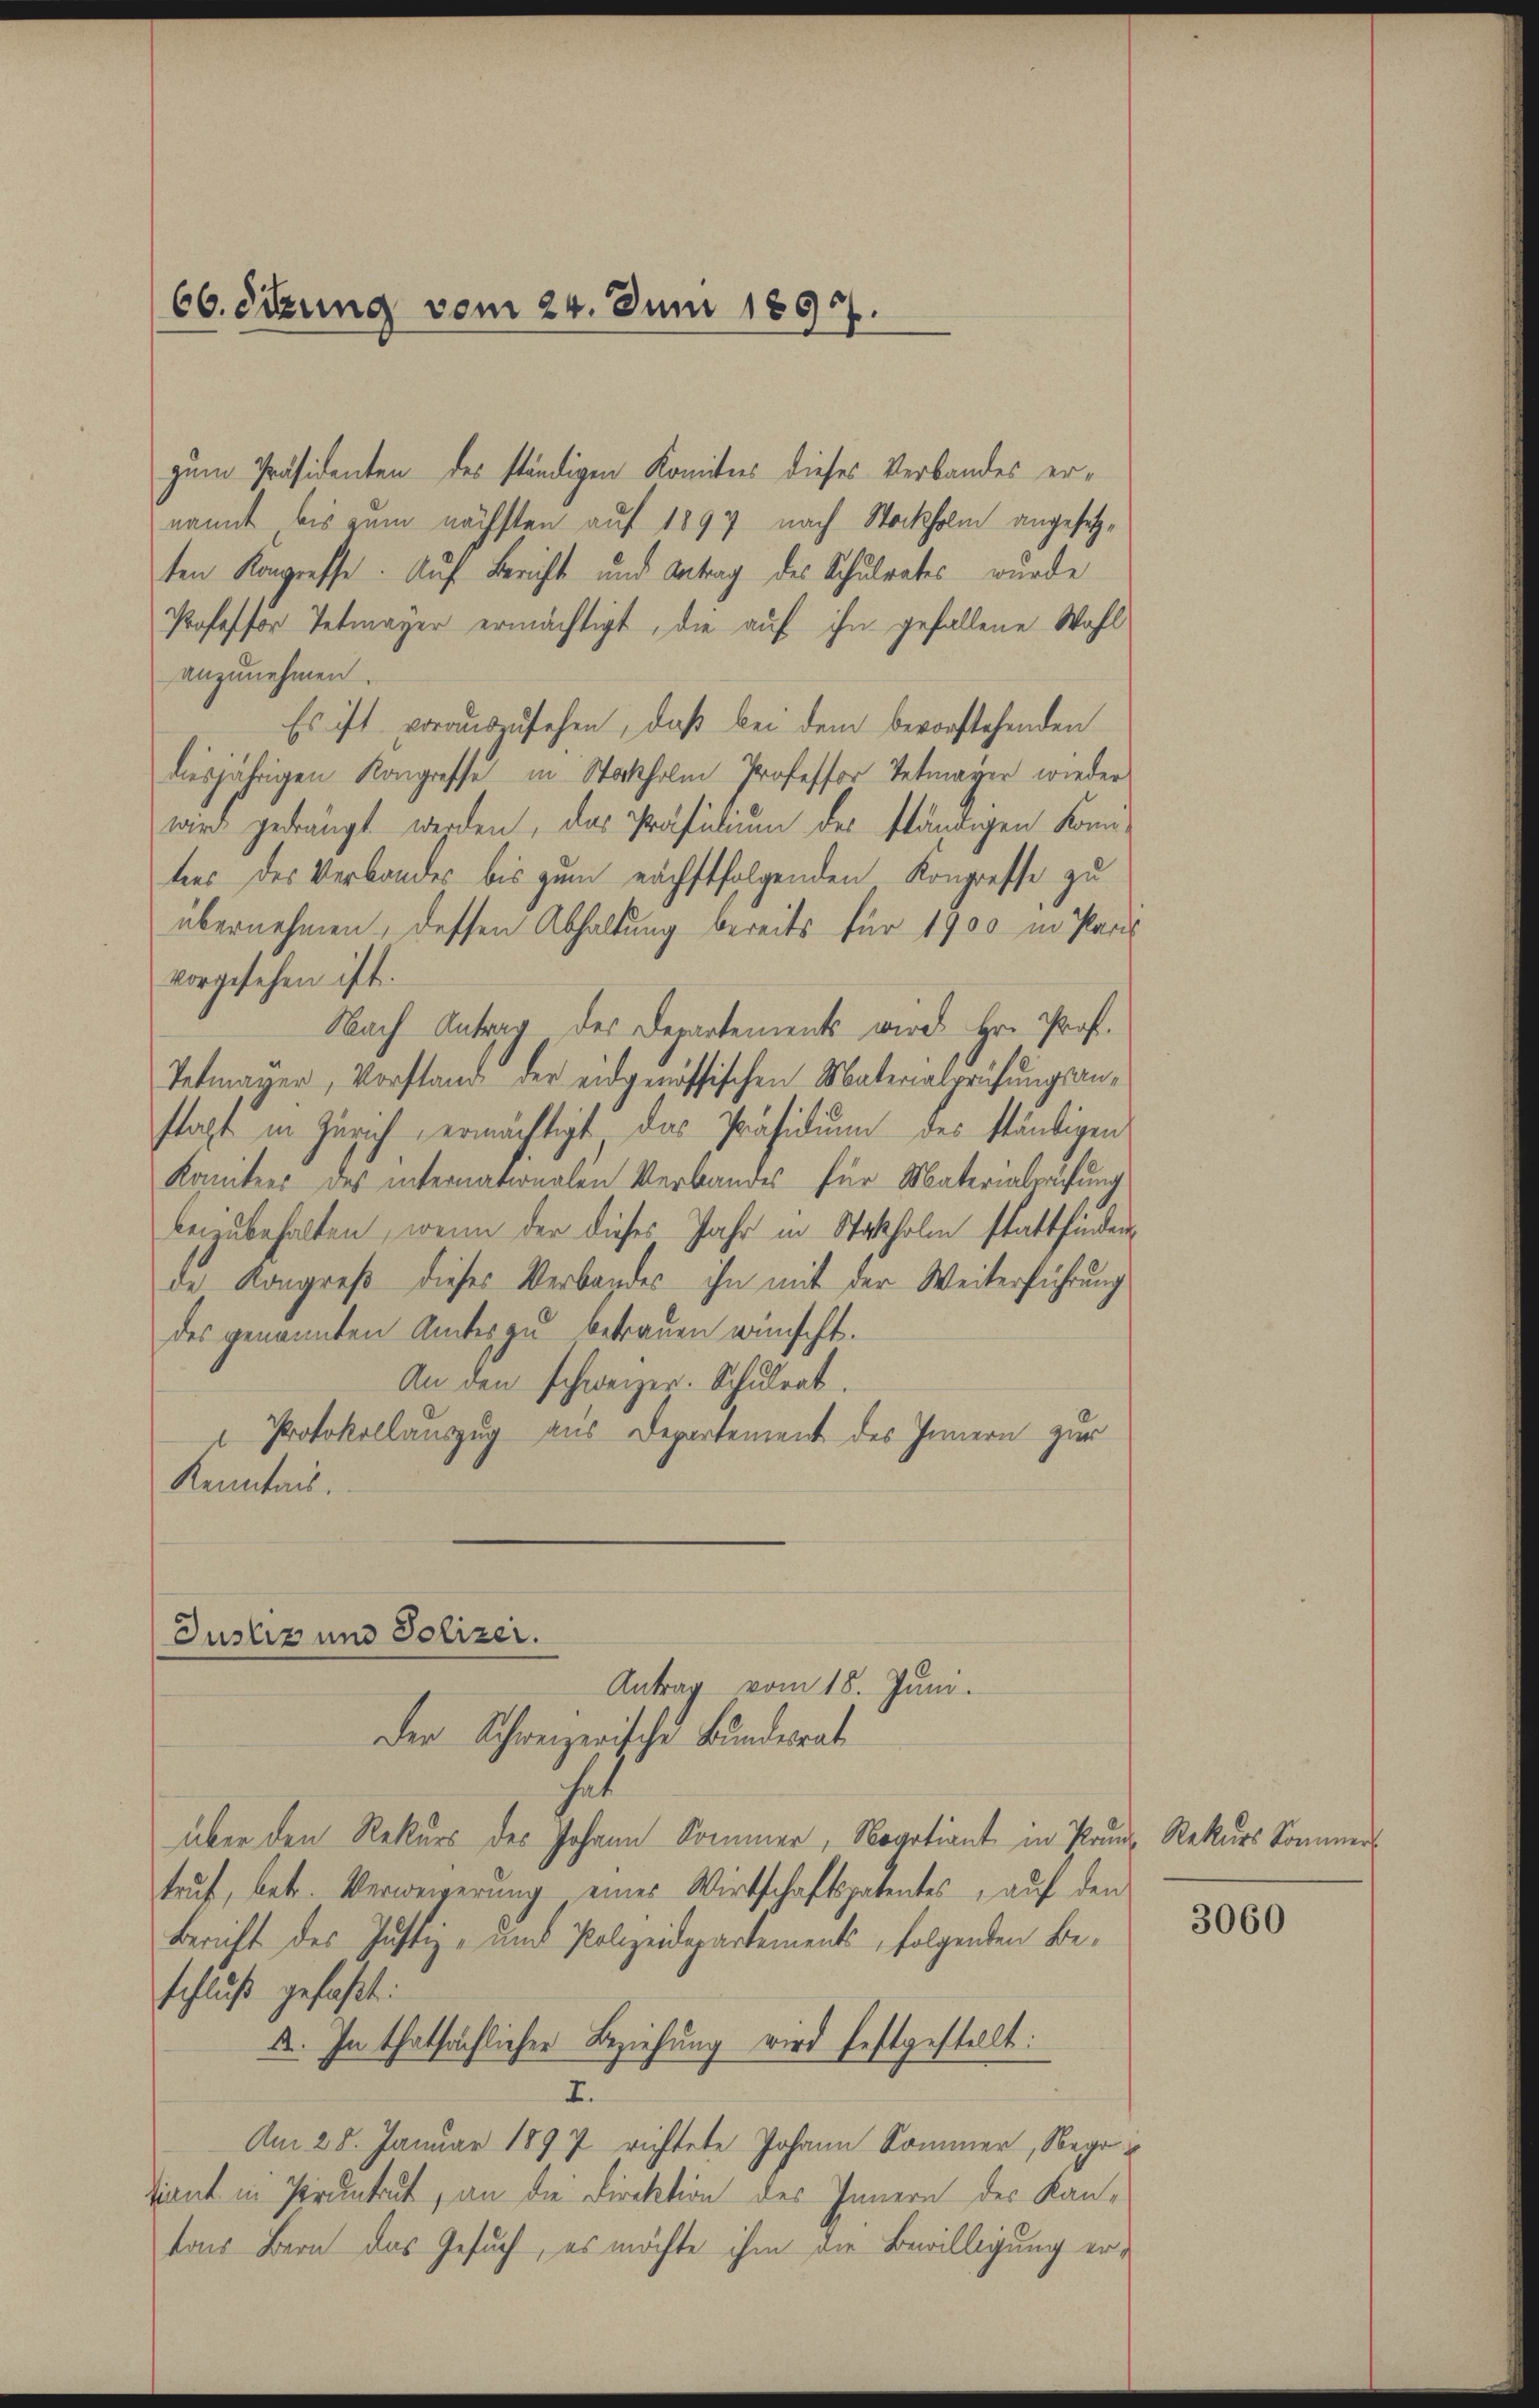
66. Sitzung vom 24. Juni 1897.

zum Präsidenten des ständigen Komitees dieses Verbandes ernannt bis zum nächsten auf 1894 nach Stockholm angesetzten Kongresse. Auf Bericht und Antrag des Schulrates wurde
Professor Tetmayer ermächtigt, die auf ihn gefallene Wahl
anzŭnehmen.
Es ist vorauszusehen, daß bei dem bevorstehenden
diesjährigen Kongresse in Stockholm Professor Vetmager wieder
wird gedrängt werden, das Präsidium der ständigen Komi-
tees des Verbandes bis zum nächstfolgenden Kongresse zu
übernehmen, dessen Abhaltung bereits für 1900 in Paris
vorgesehen ist.
Nach Antrag des Departements wird Hr. Prof.
Tetmayer, Vorstand der eidgenössischen Materialprüfungsansagt in Zürich ermächtigt das Präsidium des ständigen
Komitees des internationalen Verbandes für Materialrathung
beizubehalten, wenn der dieses Jahr in Stokholm stattfinden
de Kongreß dieses Verbandes ihn mit der Weiterführung
des genannten Unter zu betrauen wünscht.
An den schweizer. Schulrat.
" Protokollauszug aus Departement des Innern zur
Kenntnis.

Justiz und Polizei.
Antrag vom 18. Juni.

Der Schweizerische Bundesrat
über den Rekurs des Johann Sommer, Negotiant in Prunz Rekurs Sommers
truf, betr. Verweigerŭng eines Wirtschaftspatentes, auf den
Bericht des Justiz- und Polizeidepartements, folgenden Beschluß gefaßt:
A. In thatsächlicher Beziehung wird festgestellt:
I.
Am 28. Januar 1897 richtete Johann Sommer, Sege
diant in Pruntrut, an die Direktion des Innern des Kantons Bern das Gesuch, es möchte ihm die Bewilligung er¬

3060